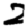
Digit: 2